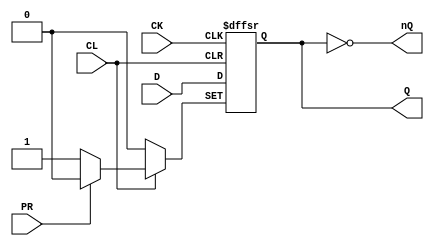
`timescale 1ns/1ns

module FD4(
	input CK,
	input D,
	input PR, CL,
	output reg Q = 1'b0,
	output nQ
);

	always @(negedge CK or negedge PR or negedge CL)	// negedge CK
	begin
		if (~PR)
			Q <= #1 1'b1;
		else if (~CL)
			Q <= #1 1'b0;
		else
			Q <= #1 D;
	end
	
	assign nQ = ~Q;

endmodule